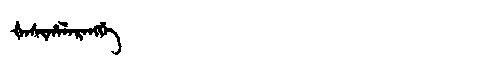
Manchu: ᡧᠠᠰᡳᡥᠠᠯᠠᡵᠠᠩᡤᡝ
Romanization: ŠASIHALARANGGE